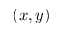
( x , y )